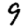
Digit: 9